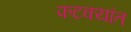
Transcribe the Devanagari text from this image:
फटक्यांत